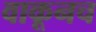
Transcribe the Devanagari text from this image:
वाकूनच